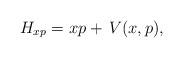
LaTeX: \begin{align*} H_{xp}=xp+\,V(x,p), \end{align*}